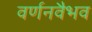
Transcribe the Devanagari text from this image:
वर्णनवैभव